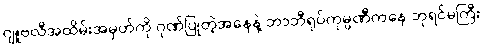
ဂျူဗလီအထိမ်းအမှတ်ကို ဂုဏ်ပြုတဲ့အနေနဲ့ ဘာဘီရုပ်ကုမ္ပဏီကနေ ဘုရင်မကြီး